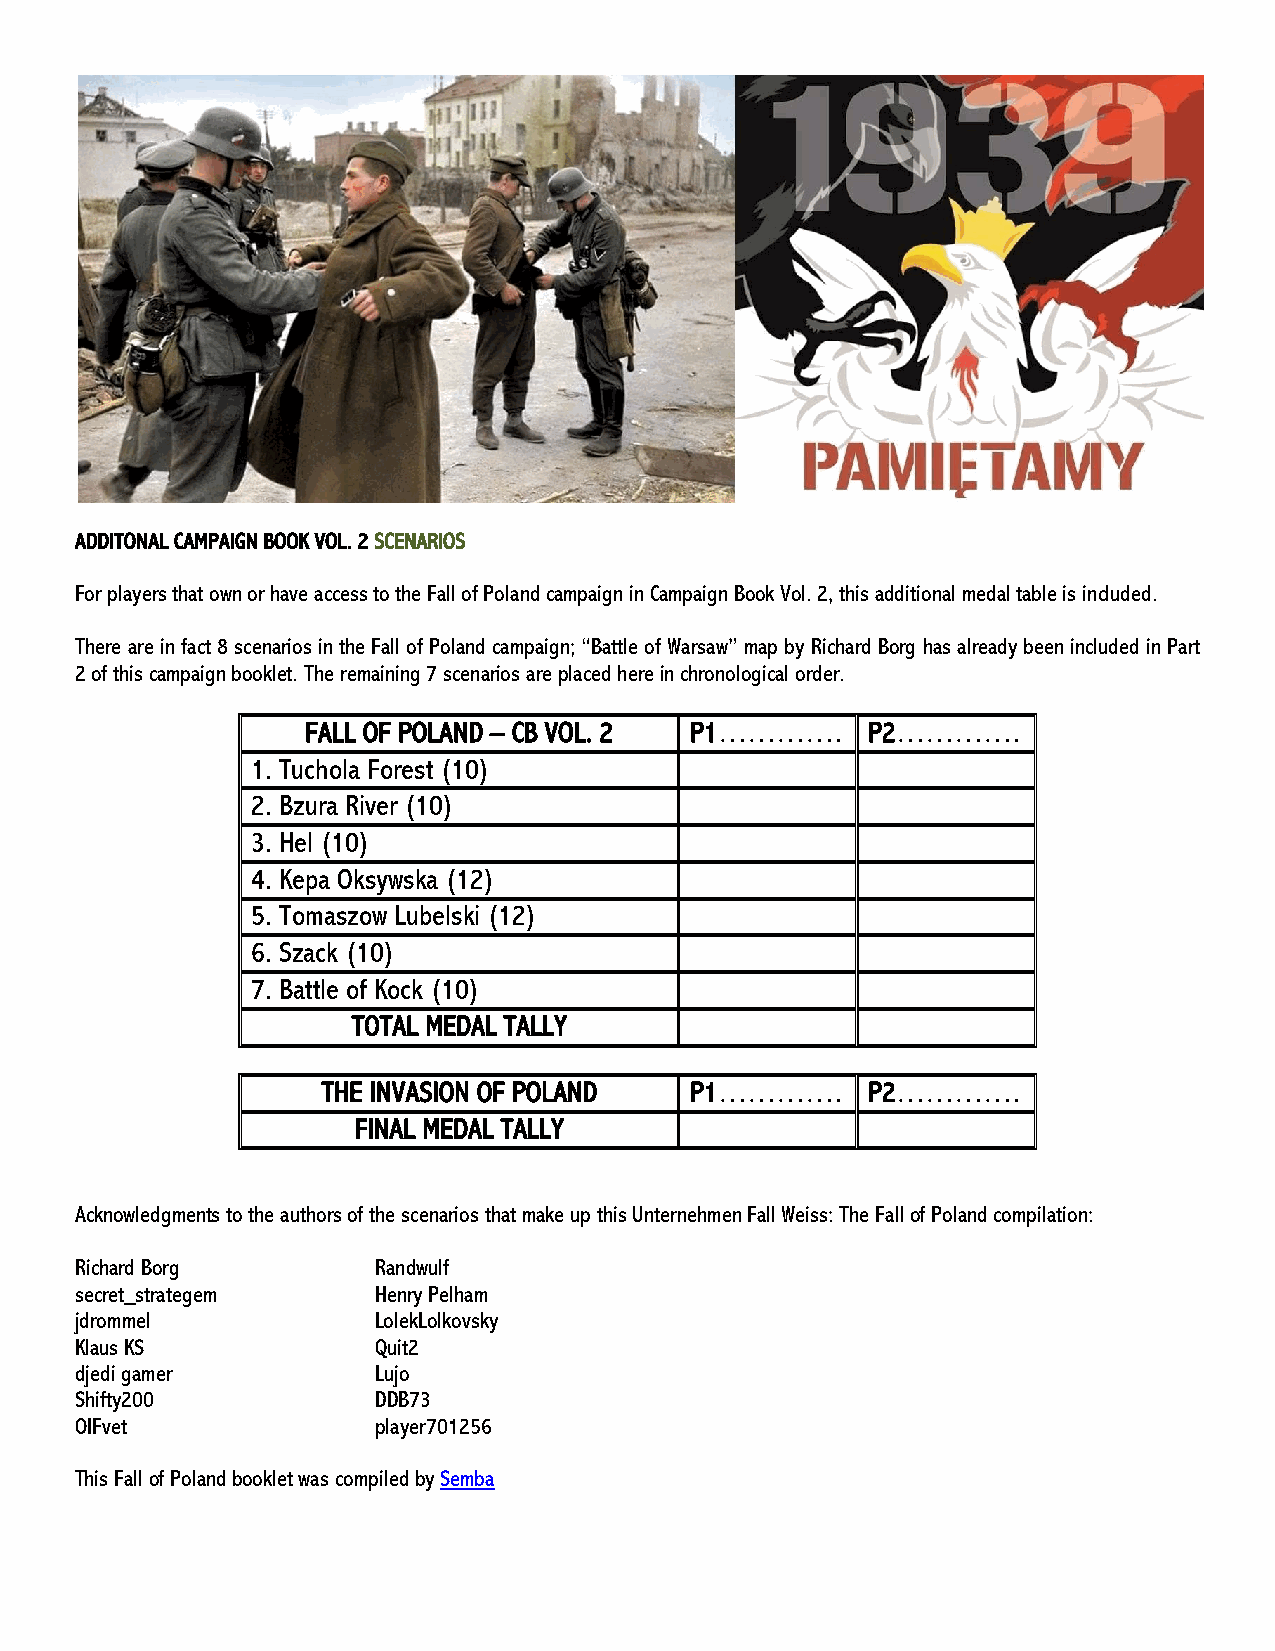
ADDITONAL CAMPAIGN BOOK VOL. 2 SCENARIOS
 For players that own or have access to the Fall of Poland campaign in Campaign Book Vol. 2, this additional medal table is included.
 There are in fact 8 scenarios in the Fall of Poland campaign; “Battle of Warsaw” map by Richard Borg has already been included in Part
 2 of this campaign booklet. The remaining 7 scenarios are placed here in chronological order.
 FALL OF POLAND – CB VOL. 2 P1………….   P2………….
 1. Tuchola Forest (10)
 2. Bzura River (10)
 3. Hel (10)
 4. Kepa Oksywska (12)
 5. Tomaszow Lubelski (12)
 6. Szack (10)
 7. Battle of Kock (10)
 TOTAL MEDAL TALLY
 THE INVASION OF POLAND   P1………….    P2………….
 FINAL MEDAL TALLY
 Acknowledgments to the authors of the scenarios that make up this Unternehmen Fall Weiss: The Fall of Poland compilation:
 Richard Borg        Randwulf
 secret_strategem    Henry Pelham
 jdrommel            LolekLolkovsky
 Klaus KS            Quit2
 djedi gamer         Lujo
 Shifty200           DDB73
 OIFvet              player701256
 This Fall of Poland booklet was compiled by Semba